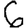
Digit: 6